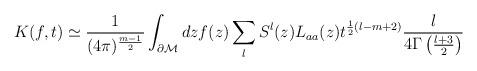
LaTeX: \begin{align*}K(f,t)\simeq\frac 1{(4\pi )^{\frac{m-1}2}} \int_{\partial {\cal M}}dz f(z) \sum\limits_l S^l(z)L_{aa}(z) t^{\frac 12 (l-m+2)}\frac{l}{4\Gamma \left( \frac{l+3}2 \right)} \end{align*}